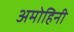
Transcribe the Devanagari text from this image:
अमोहिनी